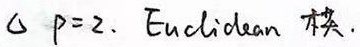
$\triangle p = 2$. Euclidean 模.